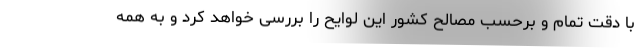
با دقت تمام و برحسب مصالح کشور این لوایح را بررسی خواهد کرد و به همه